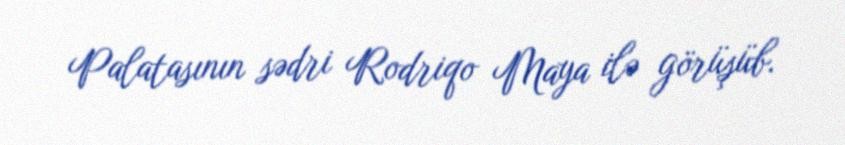
Palatasının sədri Rodriqo Maya ilə görüşüb.